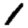
Digit: 1